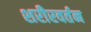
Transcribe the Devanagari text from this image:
शरीरवर्तन